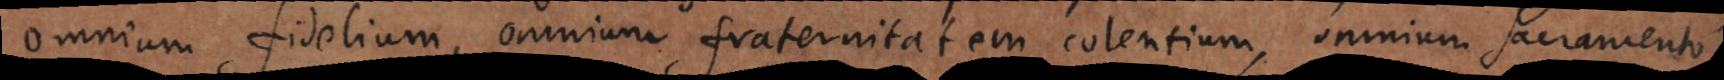
omnium fidelium, omnium fraternitatem colentium, omnium sacramento